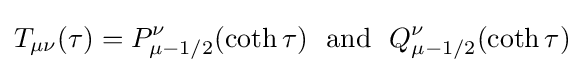
T_{\mu \nu }(\tau )=P_{\mu -1/2}^{\nu }(\coth \tau )\,\,\,\,\mathrm {and} \,\,\,\,Q_{\mu -1/2}^{\nu }(\coth \tau )